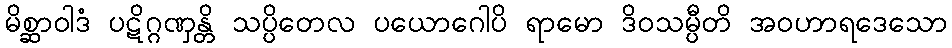
မိစ္ဆာဝါဒံ ပဋိဂ္ဂဏှန္တိ သပ္ပိတေလ ပယောဂေါပိ ရာမော ဒိဝသမ္ပီတိ အဝဟာရဒေသော